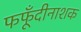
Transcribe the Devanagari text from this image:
फफूँदीनाशक